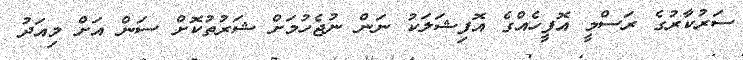
ސަރުކާރުގެ ރަސްމީ އޮފީހެއްގެ އޮފިޝަލަކު ނަން ނުޖެހުމަށް ޝަރުތުކޮށް ސަން އަށް މިއަދު